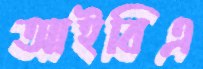
আইবিএ